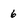
Character: 6